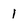
Character: 1